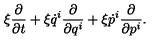
\xi \frac { \partial } { \partial t } + \xi \dot { q } ^ { i } \frac { \partial } { \partial q ^ { i } } + \xi \dot { p } ^ { i } \frac { \partial } { \partial p ^ { i } } .